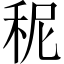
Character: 秜